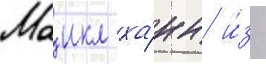
Маикл ха́нн и́з